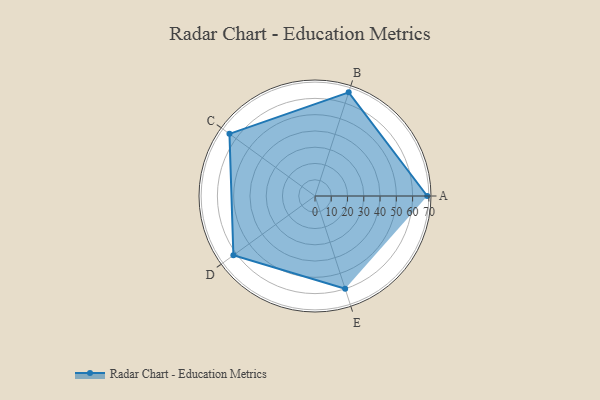
{"axis": {"x": "Skill", "y": "Score"}, "legend": ["Profile"], "data": [{"x": "A", "y": 69.0, "type": "Profile"}, {"x": "B", "y": 67.0, "type": "Profile"}, {"x": "C", "y": 65.0, "type": "Profile"}, {"x": "D", "y": 62.0, "type": "Profile"}, {"x": "E", "y": 60.0, "type": "Profile"}]}